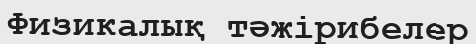
Физикалық тәжірибелер